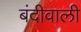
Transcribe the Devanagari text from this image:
बंदीवाली